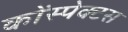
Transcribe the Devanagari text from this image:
कोंस्पेक्टस